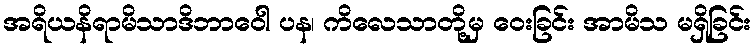
အရိယနိရာမိသာဒိဘာဝေါ ပန၊ ကိလေသာတို့မှ ဝေးခြင်း အာမိသ မရှိခြင်း